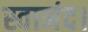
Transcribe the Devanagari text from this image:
स्वानंद।